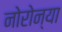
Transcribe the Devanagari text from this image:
नोरोन्या